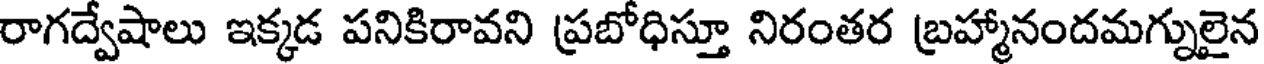
రాగద్వేషాలు ఇక్కడ పనికిరావని ప్రబోధిస్తూ నిరంతర బ్రహ్మానందమగ్నులైన